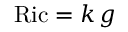
\mathrm { R i c } = k \, g